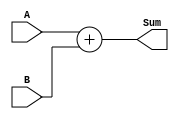
`timescale 1ns / 1ps
//////////////////////////////////////////////////////////////////////////////////
// Company: 
// Engineer: 
// 
// Design Name: 
// Module Name:    Adder 
// Project Name: 
// Target Devices: 
// Tool versions: 
// Description: 
//
// Dependencies: 
//
// Revision: 
// Revision 0.01 - File Created
// Additional Comments: 
//
//////////////////////////////////////////////////////////////////////////////////
module Adder(
	input [31:0] A,
	input [31:0] B,
	output [31:0] Sum
    );
assign Sum = A + B;

endmodule